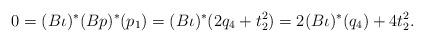
LaTeX: \begin{align*}0=(B\iota)^\ast(Bp)^\ast(p_1)=(B\iota)^\ast(2q_4+t_2^2)=2(B\iota)^\ast(q_4)+4t_2^2.\end{align*}